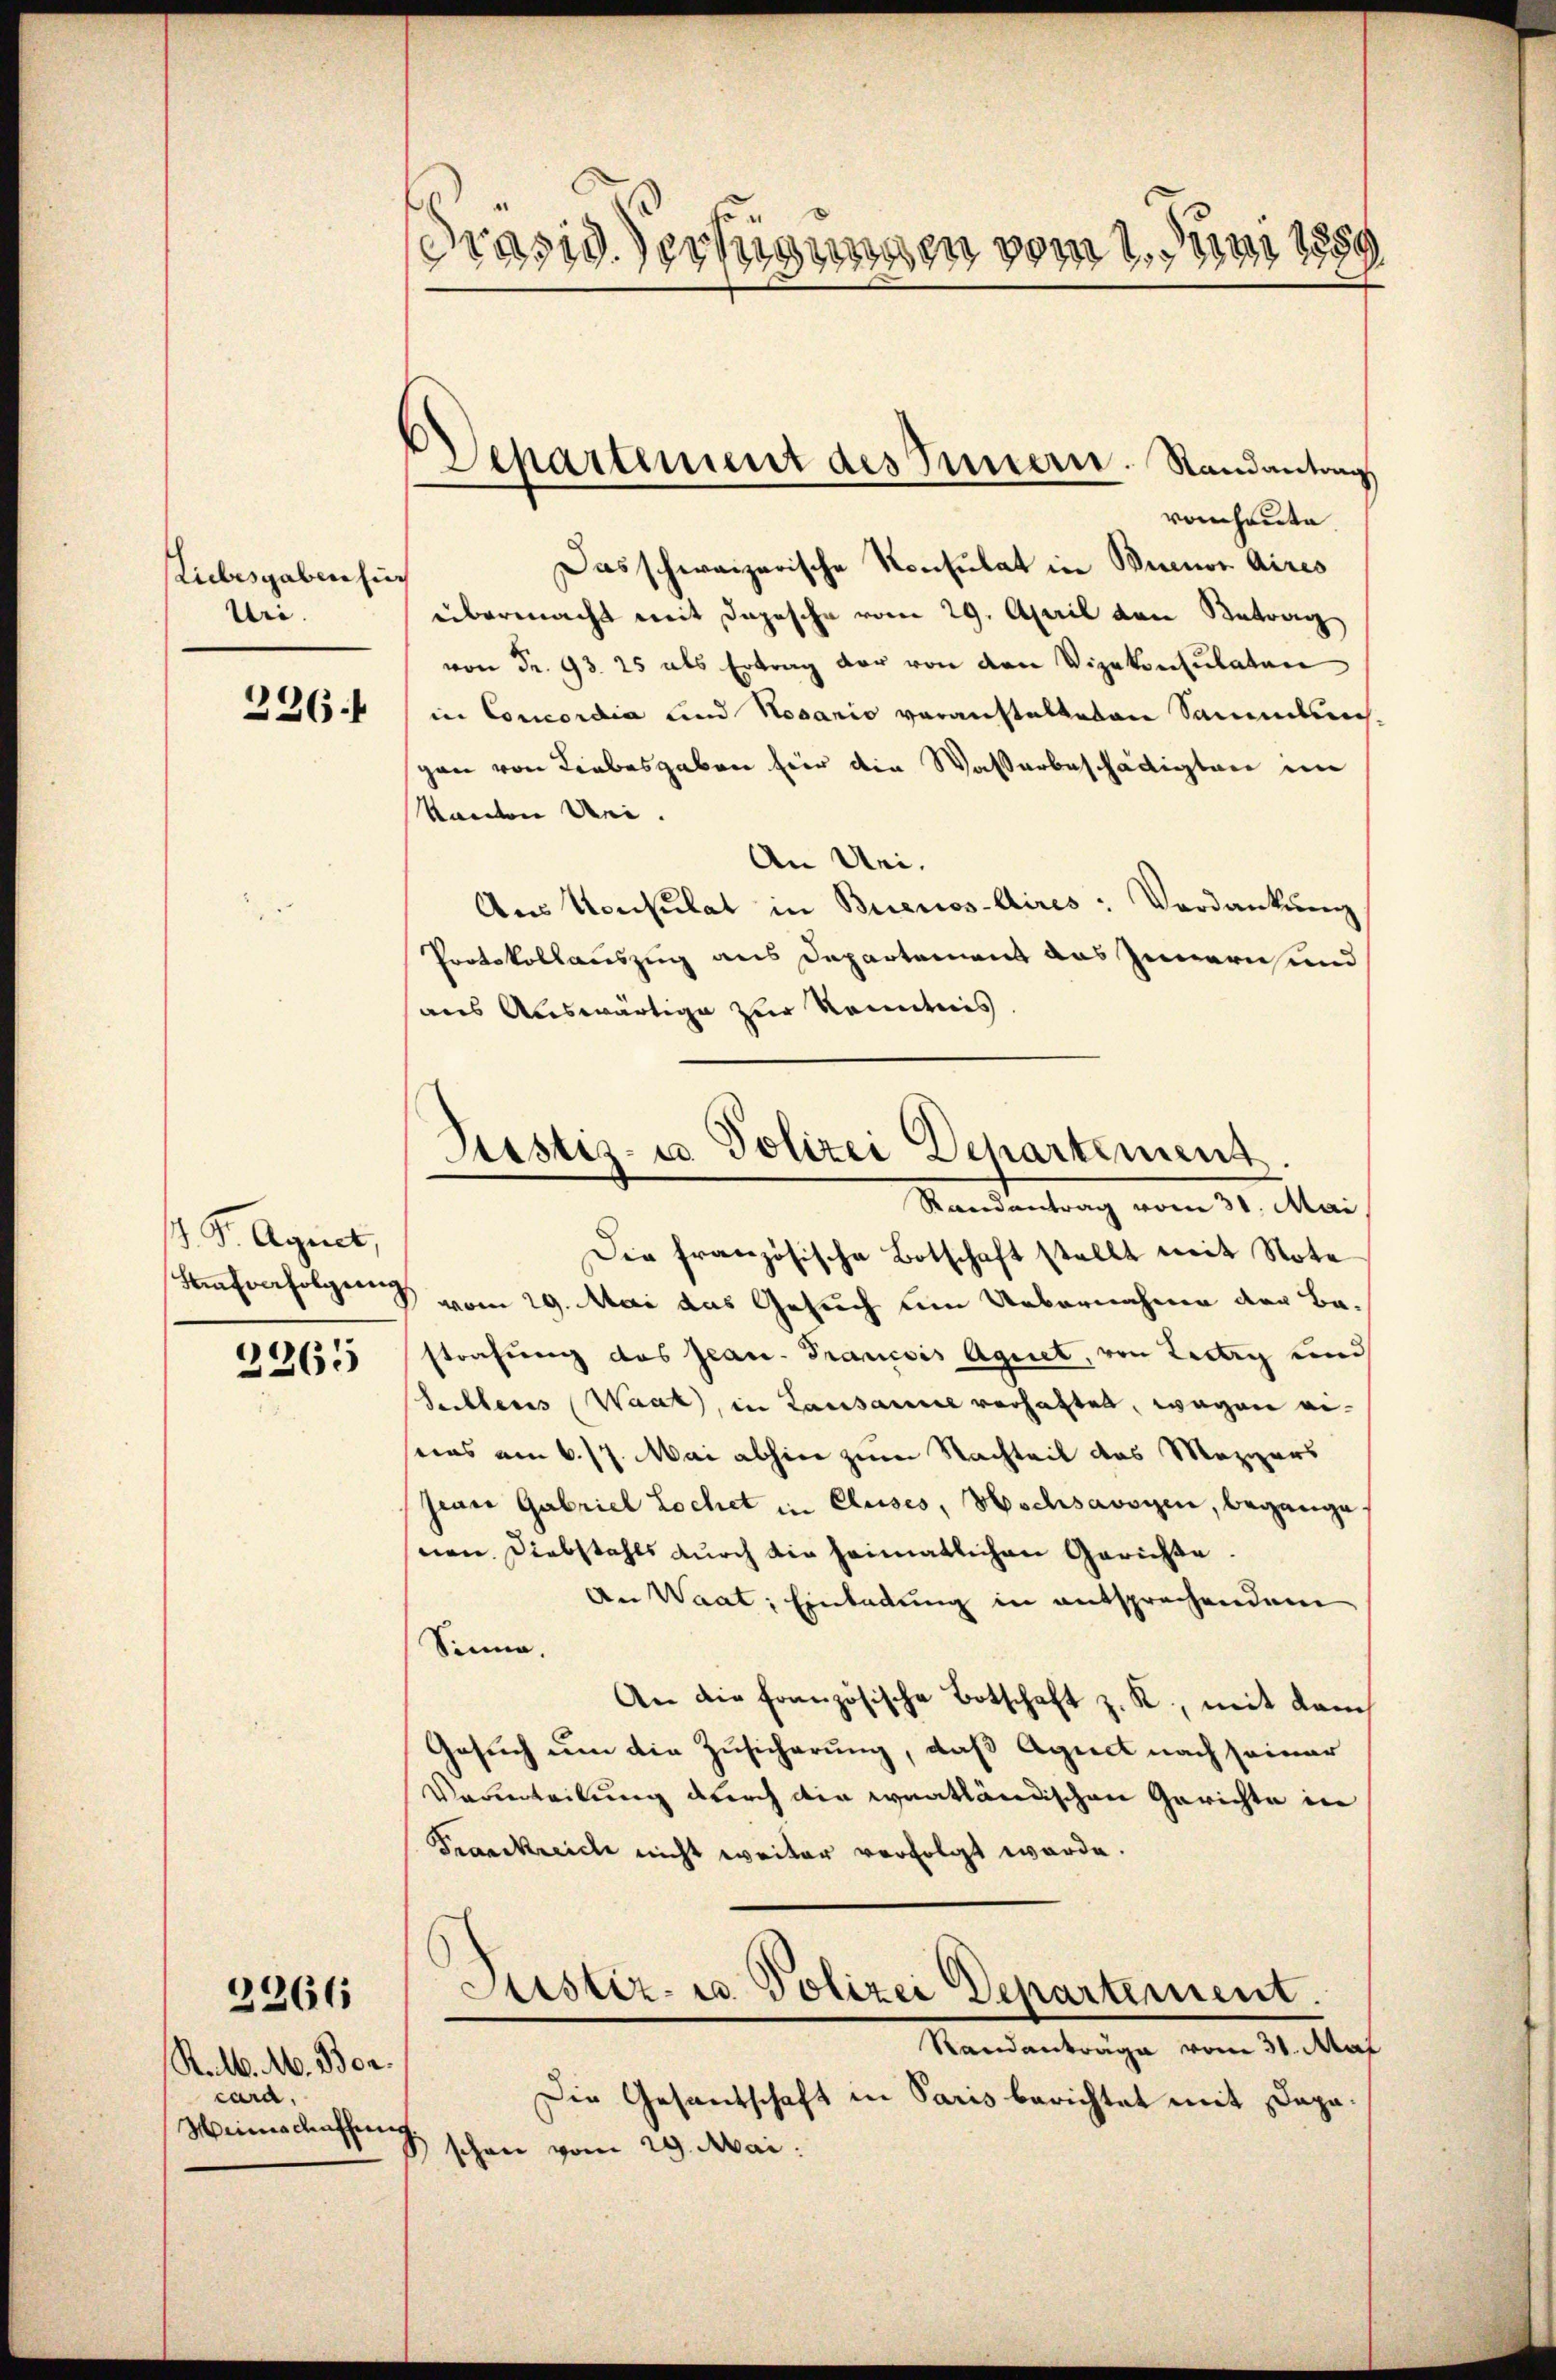
Liebesgaben sich
Uri.

226

1. S. Agrict,

2265

Ralb. M. Boncara,
Weinschaffen

2266

Prasis Verfügungen vom 1. Juni 1889

Departement des Innern. Randantrag
vonheute

Das schweizerische Konsulat in Buenos Aires
übermacht mit Depesche vom 29. April den Betrag
von Fr. 93. 25 als Ertrag der von den Vizekonsulaten
in Concordia und Nosario voranstalteten Sammtsrich
gen von Liebesgaben hier die Wasserbeschädigten im
Kanton Mei
An Uri.
Aus Vorkulat in Buenos-Aires: Verdankŭng
Protokollauszug aus Departement das Innern und
aus Auswärtige zur Kenntnis.
Die französische Botschaft stellt mit Note
schehenfolgen vom 29. Mai das Gesuch um Uebernahme der Bastrafung des Jean Prancois Agiet, von Lederg und
Sellens (Waat, in Lausanne vorhatten, wegen eiseins am 6. 17. Mai abhin zum Nachteit des Mezgers
jean Gabriel Lochet in Cluses, Wschsavoyen, begange,
nen Diebstahls durch die heimatlichen Gerichte.
An Waat: Einladung in entsprechendem
Sinne.
An die französische Botschaft z. R., mit dem
Gesuch um die Zusicherung, daß Aguct nach seiner
Veverteilung durch die waatländischen Gerichte in
Frankreich nicht weiter verfolgt werde.
Justiz- u. Polizei Departement.
Randanträge vom 31. Mai
Die Gesandschaft in Paris berichtet mit Dapac
schon vom 29. Mai.

Sistiz- u Polizei Departement.
Randantrag vom 31. Mai